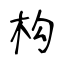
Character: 构